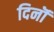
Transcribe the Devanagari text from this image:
दिनॊं